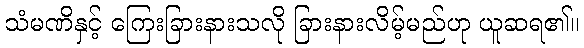
သံမဏိနှင့် ကြေးခြားနားသလို ခြားနားလိမ့်မည်ဟု ယူဆရ၏။